Annual administration report of the Civil Veterinary Department of India - 1892-1893
Year: 1892
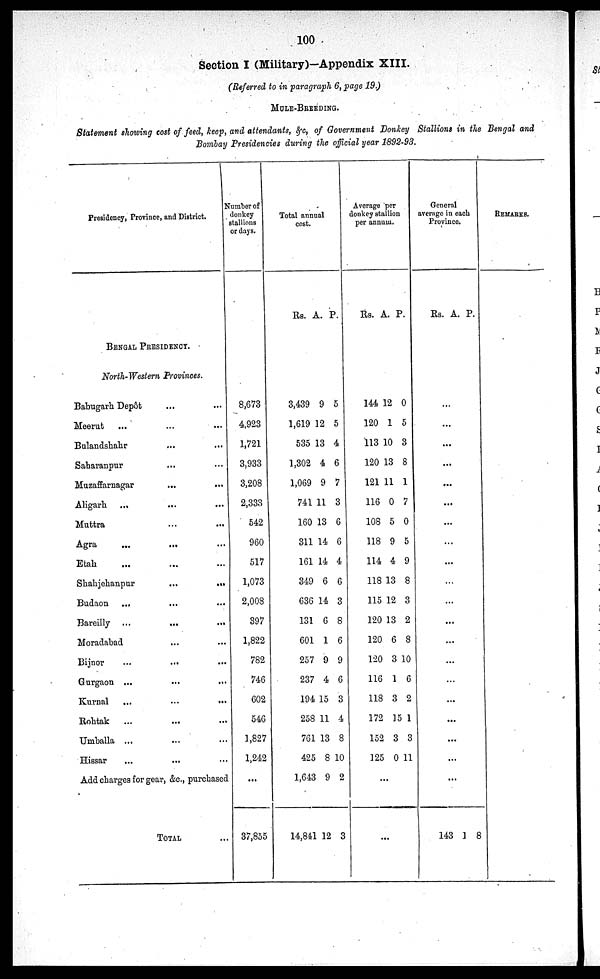
100
Section I (Military)-Appendix XIII.
(Referred to in paragraph 6, page 19.)
MULE-BREEDING.
Statement showing cost of feed, keep, and attendants, &c, of Government Donkey Stallions in the Bengal and
Bombay Presidencies during the official year 1892-93.
Presidency, Province, and District.
BENGAL PRESIDENCY.
North-Western Provinces.
Babugarh Depôt ... ...
Meerut ... ... ...
Bulandshahr ... ...
Saharanpur ... ...
Muzaffarnagar
...
...
Aligarh ... ... ...
Muttra ... ...
Agra ... ... ...
Etah ... ... ...
Shahjehanpur
...
...
Budaon ... ... ...
Bareilly ...
...
...
Moradabad ... ...
Bijnor ... ... ...
Gurgaon ... ... ...
Kurnal
...
...
...
Rohtak ... ... ...
Umballa ... ... ... ...
Hissar ... ... ...
Add charges for gear, &c., purchased
TOTAL ...
Number of
donkey
stallions
or days.
8,673
4,923
1,721
3,933
3,208
2,333
542
960
517
1,073
2,008
397
1,822
782
746
602
546
1,827
1,242
...
37,855
Total annual
cost.
Rs. A. P.
3,439
1,619
535
1,302
1,069
741
160
311
161
349
636
131
601
257
237
194
258
761
425
1,643
14,841
9
12
13
4
9
11
13
14
14
6
14
6
1
9
4
15
11
13
8
9
12
5
5
4
6
7
3
6
6
4
6
3
8
6
9
6
3
4
8
10
2
3
Average per
donkey stallion
per annum.
Rs. A. P.
144
120
113
120
121
116
108
118
114
118
115
120
120
120
116
118
172
152
125
12
1
10
13
11
0
5
9
4
13
12
13
6
3
1
3
15
3
0
0
5
3
8
1
7
0
5
9
8
3
2
8
10
6
2
1
3
11
...
...
General
average in each
Province.
Rs. A. P.
...
...
...
...
...
...
...
...
...
...
...
...
...
...
...
...
...
...
...
...
143 1 8
REMARKS.